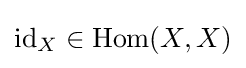
\operatorname {id} _{X}\in \operatorname {Hom} (X,X)